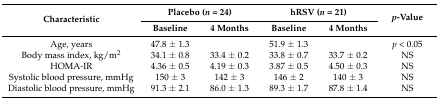
| <ROWSPAN=2> Characteristic | <COLSPAN=2> Placebo (n = 24) | <COLSPAN=2> hRSV (n = 21) | <ROWSPAN=2> p-Value |
 | Baseline | 4 Months | Baseline | 4 Months |
 | --- | --- | --- | --- | --- | --- |
 | Age, years | 47.8 ± 1.3 |  | 51.9 ± 1.3 |  | p < 0.05 |
 | Body mass index, kg/m2 | 34.1 ± 0.8 | 33.4 ± 0.2 | 33.8 ± 0.7 | 33.7 ± 0.2 | NS |
 | HOMA-IR | 4.36 ± 0.5 | 4.19 ± 0.3 | 3.87 ± 0.5 | 4.50 ± 0.3 | NS |
 | Systolic blood pressure, mmHg | 150 ± 3 | 142 ± 3 | 146 ± 2 | 140 ± 3 | NS |
 | Diastolic blood pressure, mmHg | 91.3 ± 2.1 | 86.0 ± 1.3 | 89.3 ± 1.7 | 87.8 ± 1.4 | NS |